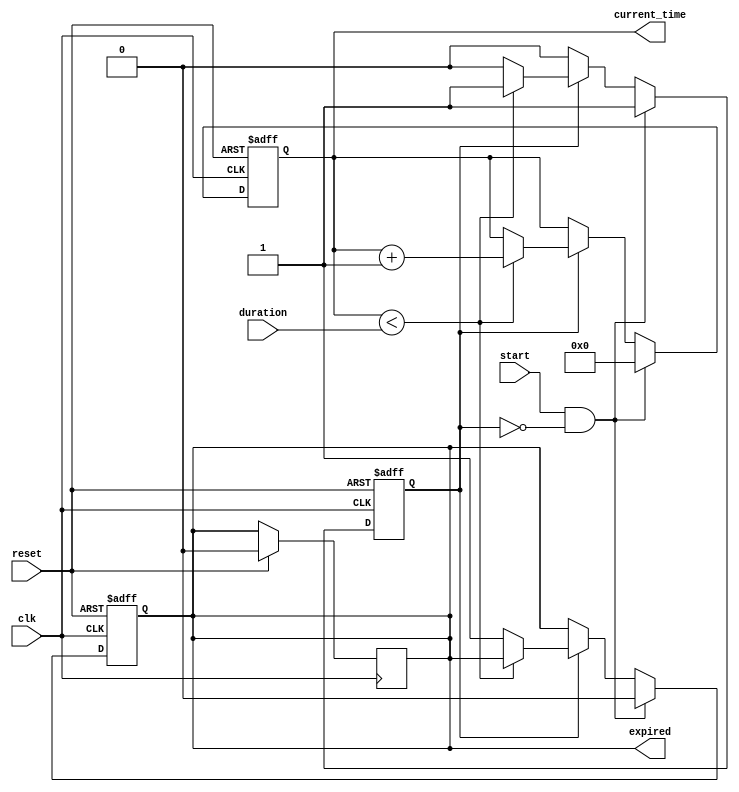
module TimerEventControl (
    input wire clk,            // Clock signal
    input wire start,          // Start signal
    input wire reset,          // Reset signal
    input wire [31:0] duration, // Time duration in clock cycles
    output reg expired,        // Timer expired signal
    output reg [31:0] current_time // Current time value
);

    // Internal state
    reg counting;              // Timer counting state

    // Initialize state and output
    initial begin
        current_time = 0;
        expired = 0;
        counting = 0;
    end

    // Timer control process
    always @(posedge clk or posedge reset) begin
        if (reset) begin
            // Reset state
            current_time <= 0;
            expired <= 0;
            counting <= 0;
        end else if (start && !counting) begin
            // Start counting
            counting <= 1;
            current_time <= 0; // Reset time start counting from 0
            expired <= 0;      // Set expired to low
        end else if (counting) begin
            // Increment current time
            if (current_time < duration) begin
                current_time <= current_time + 1;
            end else begin
                // Duration reached
                expired <= 1;
                counting <= 0; // Stop counting when expired
            end
        end
    end

    // Handle reset of expired signal
    always @(posedge clk) begin
        if (reset) begin
            expired <= 0; // Ensure expired is reset when reset is asserted
        end
    end

endmodule